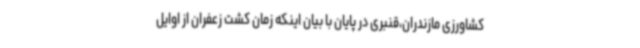
کشاورزی مازندران،قنبری در پایان با بیان اینکه زمان کشت زعفران از اوایل